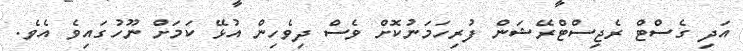
އަދި ގެސްޓް ރެޖިސްޓްރޭޝަން ފުރިހަމަނުކޮށް ވެސް ދިވެހިން އުޅޭ ކަމަށް ނޫހުގައިވެ އެވެ.